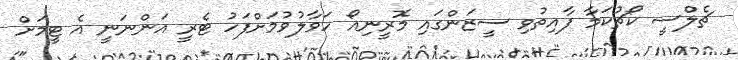
ޗެލްސީ ކޯޗުކަމާ ފާއިތުވި ސީޒަންގައި މޮރީނިއޯ ހަވާލުވުމަށްފަހު ޓެރީ އަންނަނީ އެ ޓީމަށް